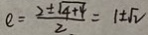
e = \frac { 2 \pm \sqrt { 4 + 4 } } { 2 } = 1 \pm \sqrt { 2 }